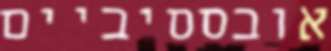
אובססיביים